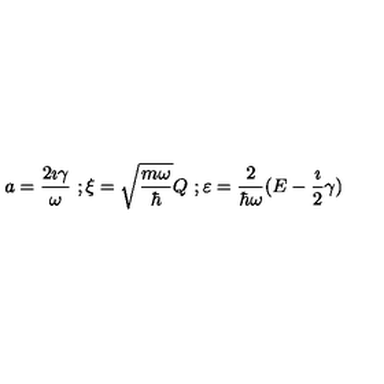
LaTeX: a = \frac { 2 \imath \gamma } { \omega } \ ; \xi = \sqrt { \frac { m \omega } { \hbar } } Q \ ; \varepsilon = \frac { 2 } { \hbar \omega } ( E - \frac { \imath } { 2 } \gamma )